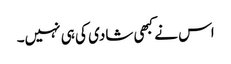
اس نے کبھی شادی کی ہی نہیں۔